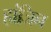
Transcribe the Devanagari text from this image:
हांजिन